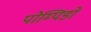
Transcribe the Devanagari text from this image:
पोम्पिडो